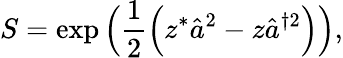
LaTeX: S=\exp\Big(\frac{1}{2}\Big(z^{*}\hat{a}^{2}-z\hat{a}^{\dagger 2}\Big)\Big),